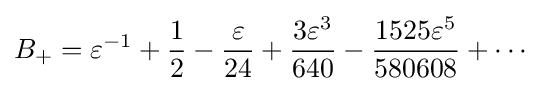
B_{+}=\varepsilon ^{-1}+{\frac {1}{2}}-{\frac {\varepsilon }{24}}+{\frac {3\varepsilon ^{3}}{640}}-{\frac {1525\varepsilon ^{5}}{580608}}+\dotsb